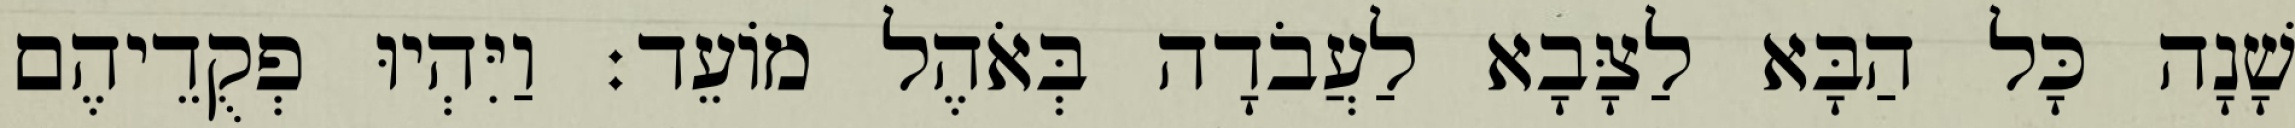
שָׁנָה כָּל הַבָּא לַצָּבָא לַעֲבֹדָה בְּאֹהֶל מוֹעֵד׃ וַיִּהְיוּ פְקֻדֵיהֶם